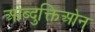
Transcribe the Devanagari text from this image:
ओब्दुक्तिओन